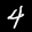
Label: 4